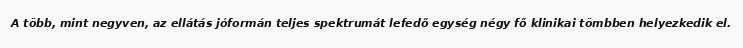
A több, mint negyven, az ellátás jóformán teljes spektrumát lefedő egység négy fő klinikai tömbben helyezkedik el.